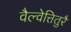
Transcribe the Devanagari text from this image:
वैल्वेत्तितुरै